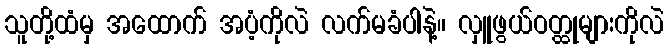
သူတို့ထံမှ အထောက် အပံ့ကိုလဲ လက်မခံပါနဲ့။ လှူဖွယ်ဝတ္ထုများကိုလဲ